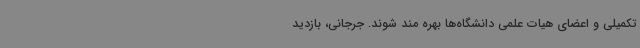
تکمیلی و اعضای هیات علمی دانشگاه‌ها بهره مند شوند. جرجانی، بازدید